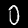
Label: 0